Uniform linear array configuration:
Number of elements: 24
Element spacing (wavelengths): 0.25
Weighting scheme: cosine
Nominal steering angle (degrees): -45
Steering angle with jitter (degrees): -45.996
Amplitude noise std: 0.05
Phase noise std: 0.05

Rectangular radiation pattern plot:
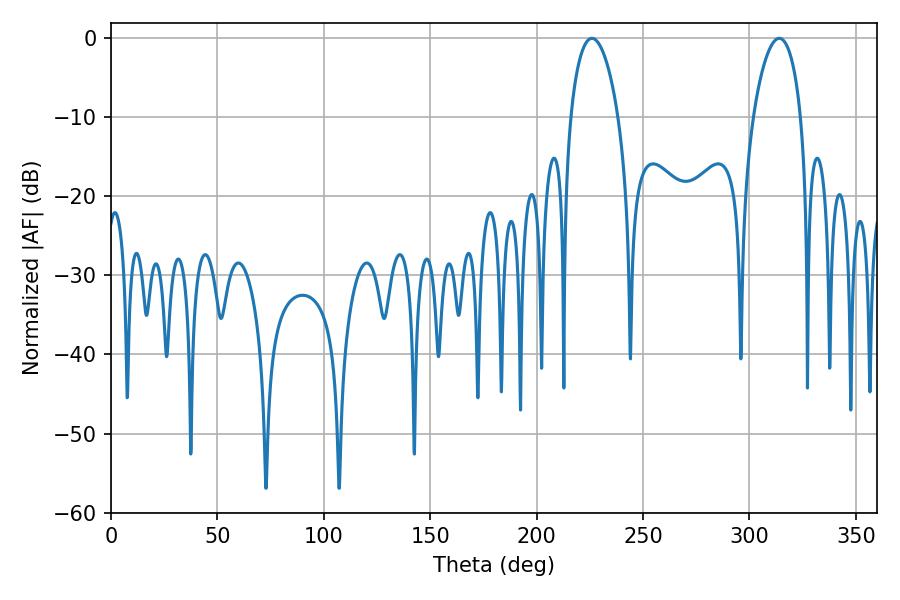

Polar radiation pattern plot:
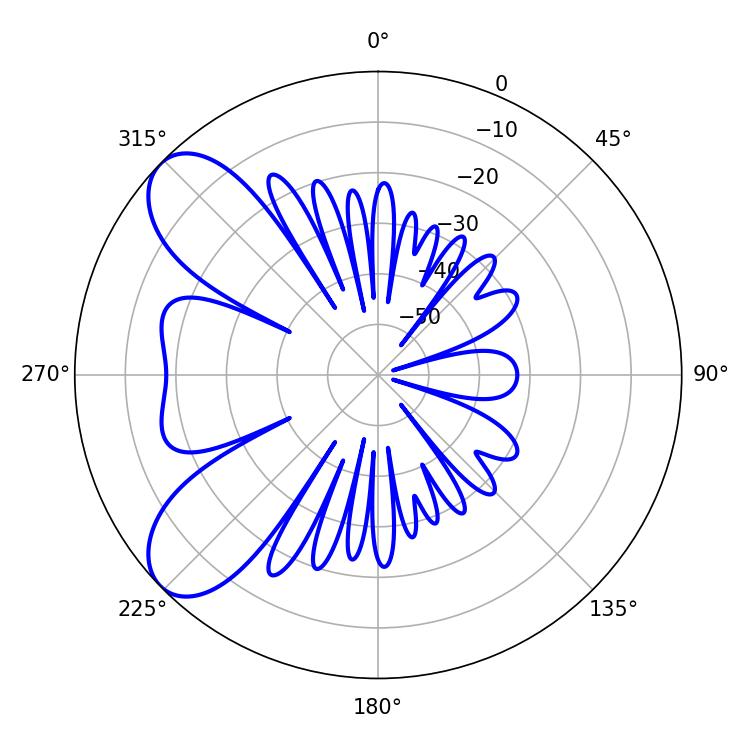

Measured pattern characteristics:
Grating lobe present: FALSE
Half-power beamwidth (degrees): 12.78
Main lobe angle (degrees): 225.9